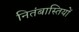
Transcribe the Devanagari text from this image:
नितंबास्तियों